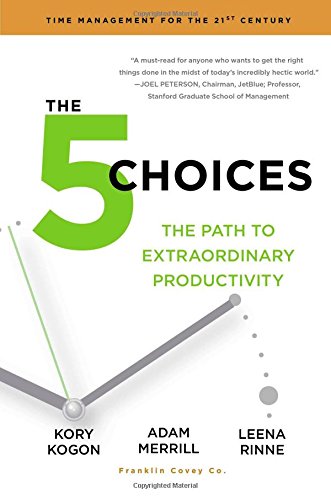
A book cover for The 5 Choices: The Path to Extraordinary Productivity; Kory Kogon; Business & Money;